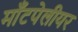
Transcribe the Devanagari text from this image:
माँटपेलीयर